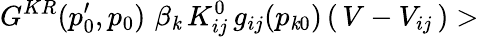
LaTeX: G^{KR}(p_{0}^{\prime},p_{0})\, \, \beta_{\mathit{k}}\, K_{ij}^{0}\, g_{ij}(p_{\mathit{k}0})\, (\, V-V_{ij}\, )>